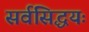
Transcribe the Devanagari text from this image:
सर्वसिद्धयः